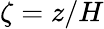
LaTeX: \zeta=z/H